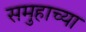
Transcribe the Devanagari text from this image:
समुहाच्या